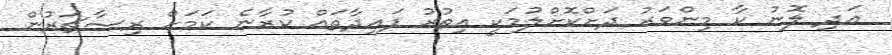
އަދި ލޮނު ކާ މިންވަރު ދަށްކޮށްލުމަކީ އިތުރު ފައިދާތައް ކުރާނެ ކަމަށް ރިސާޗަރުން